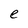
Character: e